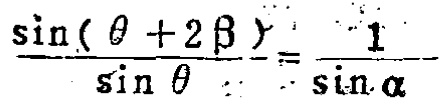
\frac{\sin(\theta + 2\beta)}{\sin\theta}=\frac{1}{\sin\alpha}